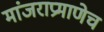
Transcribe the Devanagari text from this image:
मांजराप्रमाणेच